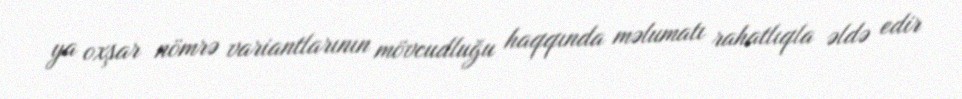
ya oxşar nömrə variantlarının mövcudluğu haqqında məlumatı rahatlıqla əldə edir